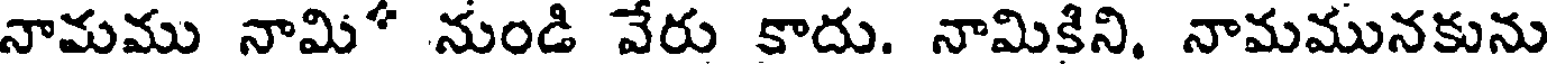
నామము నామి* నుండి వేరు కాదు. నామికిని. నామమునకును